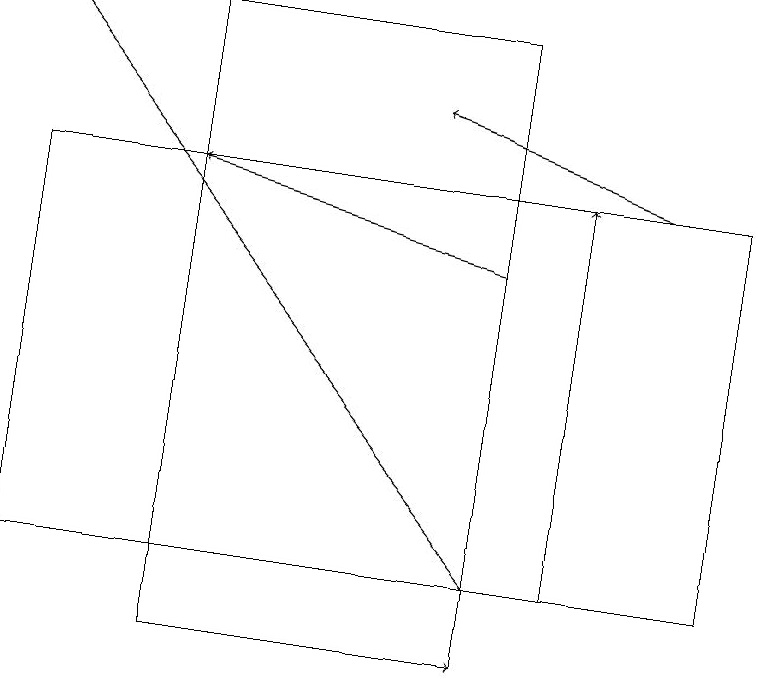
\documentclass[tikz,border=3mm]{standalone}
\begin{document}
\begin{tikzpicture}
\draw[->] (8,17) -- (5,18);
\draw[->] (7,12) -- (7,17);
\draw (6,19) rectangle (2,11);
\draw (9,12) rectangle (0,17);
\draw[->] (6,16) -- (2,17);
\draw[->] (5,11) -- (6,11);
\draw[->] (6,12) -- (0,19);
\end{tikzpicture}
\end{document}